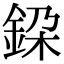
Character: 𨦃